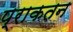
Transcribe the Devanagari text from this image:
प्राकतन